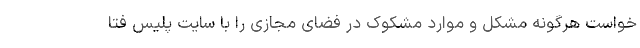
خواست هرگونه مشکل و موارد مشکوک در فضای مجازی را با سایت پلیس فتا